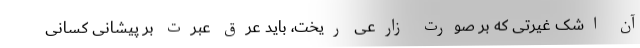
آن اشک غیرتی که بر صورت زارعی ریخت، باید عرق عبرت بر پیشانی کسانی